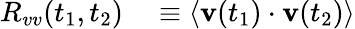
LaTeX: \begin{array}{rl}{R_{vv}(t_{1},t_{2})}&{{}\equiv\langle\mathbf{v}(t_{1})\cdot\mathbf{v}(t_{2})\rangle}\end{array}